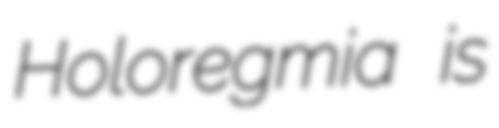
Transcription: Holoregmia is